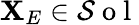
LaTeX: \mathbf{X}_{E}\in\mathcal{S}\mathrm{~o~l~}